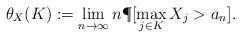
\begin{align*}\theta_X(K):= \lim_{n\to\infty} n\P[\max_{j\in K} X_j > a_n]. \end{align*}